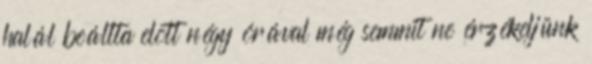
halál beállta elõtt négy órával még semmit ne érzékeljünk